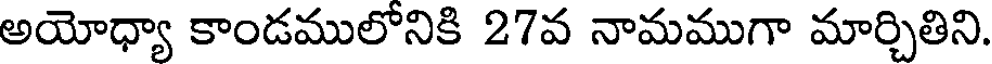
అయోధ్యా కాండములోనికి 27వ నామముగా మార్చితిని.